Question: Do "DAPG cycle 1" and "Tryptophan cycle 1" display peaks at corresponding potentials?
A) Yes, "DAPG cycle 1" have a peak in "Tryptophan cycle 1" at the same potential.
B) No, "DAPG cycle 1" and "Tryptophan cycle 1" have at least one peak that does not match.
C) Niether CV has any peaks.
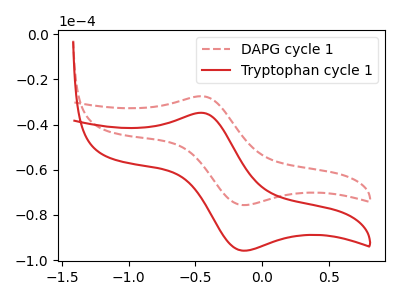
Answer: <think>The red dashed curve "DAPG cycle 1" has an anodic peak at (-0.45V, -27.50uA) and a cathodic peak at (-0.15V, -75.60uA). The red curve "Tryptophan cycle 1" has an anodic peak at (-0.45V, -34.85uA) and a cathodic peak at (-0.15V, -95.75uA).</think>
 <answer>A) Yes, "DAPG cycle 1" have a peak in "Tryptophan cycle 1" at the same potential.</answer>
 <eval>A</eval>